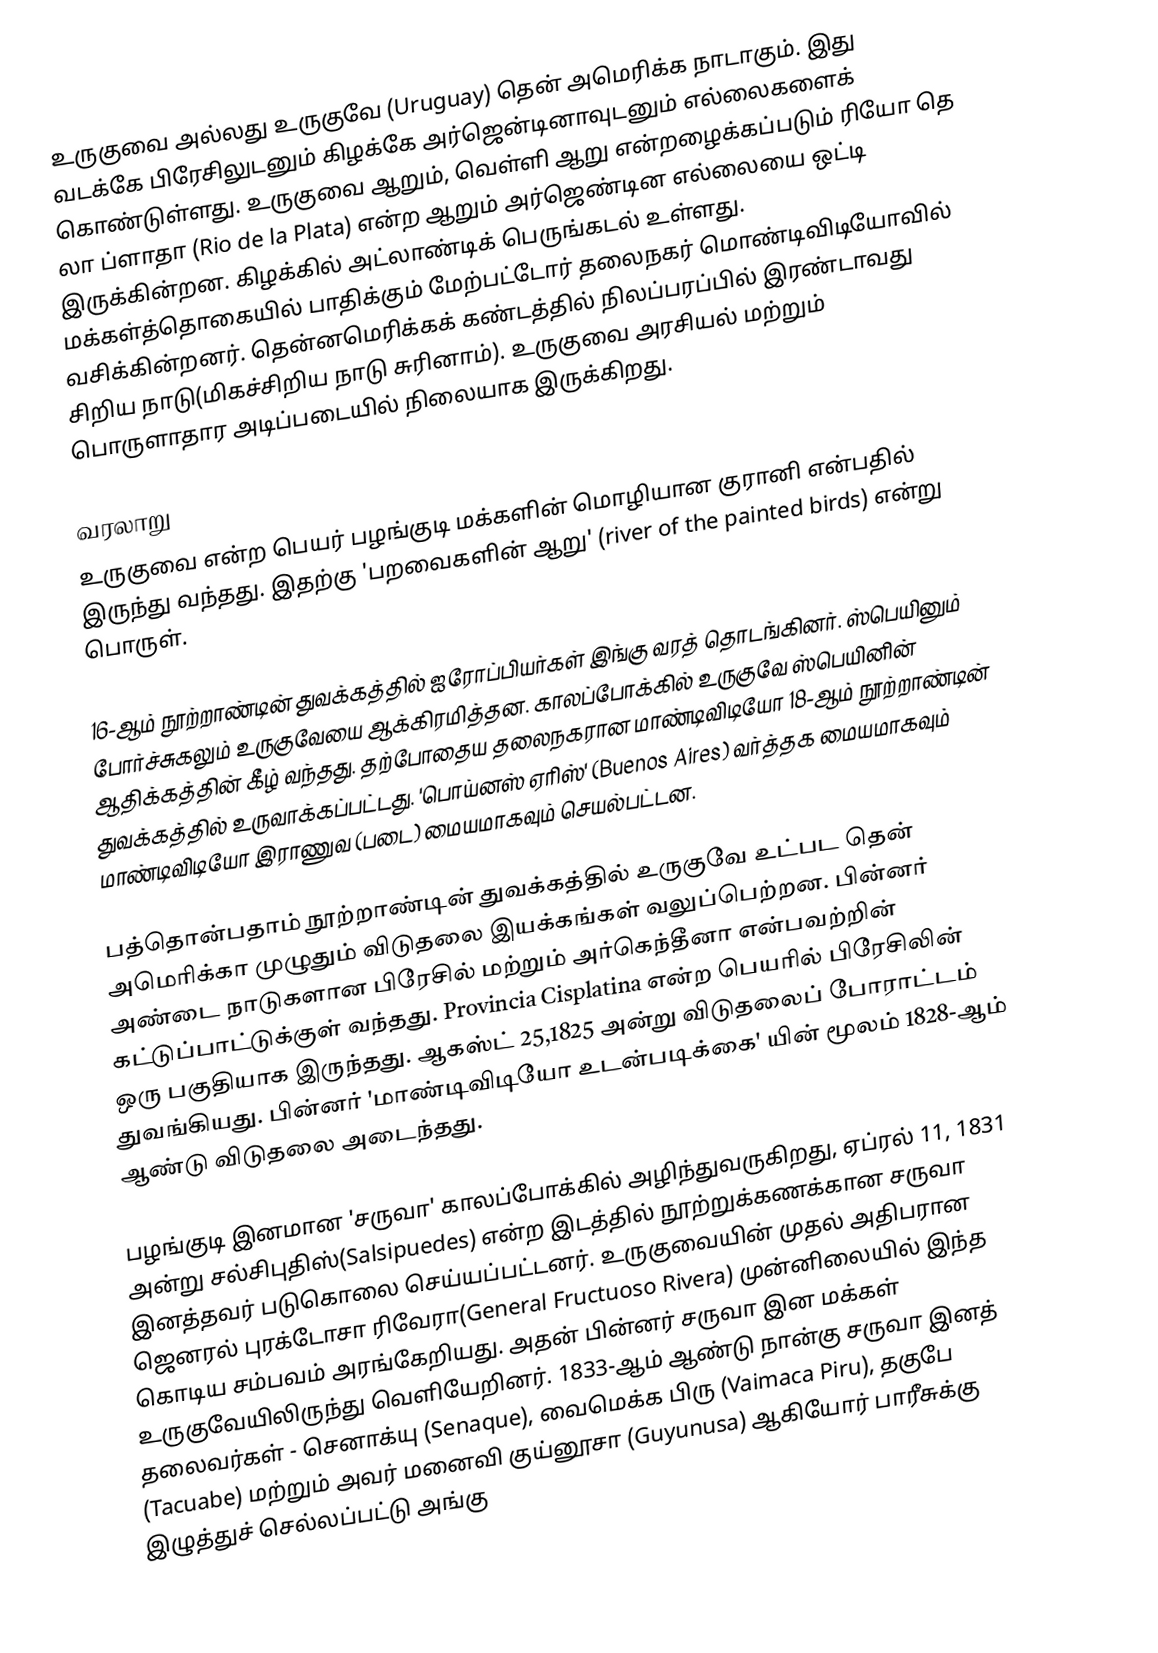
உருகுவை அல்லது உருகுவே (Uruguay) தென் அமெரிக்க நாடாகும். இது வடக்கே பிரேசிலுடனும் கிழக்கே அர்ஜென்டினாவுடனும் எல்லைகளைக் கொண்டுள்ளது. உருகுவை ஆறும், வெள்ளி ஆறு என்றழைக்கப்படும் ரியோ தெ லா ப்ளாதா (Rio de la Plata) என்ற ஆறும் அர்ஜெண்டின எல்லையை ஒட்டி இருக்கின்றன. கிழக்கில் அட்லாண்டிக் பெருங்கடல்  உள்ளது. மக்கள்த்தொகையில் பாதிக்கும் மேற்பட்டோர் தலைநகர் மொண்டிவிடியோவில் வசிக்கின்றனர். தென்னமெரிக்கக் கண்டத்தில் நிலப்பரப்பில் இரண்டாவது சிறிய நாடு(மிகச்சிறிய நாடு சுரினாம்). உருகுவை அரசியல் மற்றும் பொருளாதார அடிப்படையில் நிலையாக இருக்கிறது.

வரலாறு
உருகுவை என்ற பெயர் பழங்குடி மக்களின் மொழியான குரானி என்பதில் இருந்து வந்தது. இதற்கு 'பறவைகளின் ஆறு' (river of the painted birds) என்று பொருள்.

16-ஆம் நூற்றாண்டின் துவக்கத்தில் ஐரோப்பியர்கள் இங்கு வரத் தொடங்கினர். ஸ்பெயினும் போர்ச்சுகலும் உருகுவேயை ஆக்கிரமித்தன. காலப்போக்கில் உருகுவே ஸ்பெயினின் ஆதிக்கத்தின் கீழ் வந்தது. தற்போதைய தலைநகரான மாண்டிவிடியோ 18-ஆம் நூற்றாண்டின் துவக்கத்தில் உருவாக்கப்பட்டது. 'பொய்னஸ் ஏரிஸ்' (Buenos Aires) வர்த்தக மையமாகவும் மாண்டிவிடியோ இராணுவ (படை) மையமாகவும் செயல்பட்டன.

பத்தொன்பதாம் நூற்றாண்டின் துவக்கத்தில் உருகுவே உட்பட தென் அமெரிக்கா முழுதும் விடுதலை இயக்கங்கள் வலுப்பெற்றன. பின்னர் அண்டை நாடுகளான பிரேசில் மற்றும் அர்கெந்தீனா என்பவற்றின் கட்டுப்பாட்டுக்குள் வந்தது. Provincia Cisplatina என்ற பெயரில் பிரேசிலின் ஒரு பகுதியாக இருந்தது. ஆகஸ்ட் 25,1825 அன்று விடுதலைப் போராட்டம் துவங்கியது. பின்னர் 'மாண்டிவிடியோ உடன்படிக்கை' யின் மூலம் 1828-ஆம் ஆண்டு விடுதலை அடைந்தது.

பழங்குடி இனமான 'சருவா' காலப்போக்கில் அழிந்துவருகிறது, ஏப்ரல் 11, 1831 அன்று சல்சிபுதிஸ்(Salsipuedes) என்ற இடத்தில் நூற்றுக்கணக்கான சருவா இனத்தவர் படுகொலை செய்யப்பட்டனர். உருகுவையின் முதல் அதிபரான ஜெனரல் புரக்டோசா ரிவேரா(General Fructuoso Rivera) முன்னிலையில் இந்த கொடிய சம்பவம் அரங்கேறியது. அதன் பின்னர் சருவா இன மக்கள் உருகுவேயிலிருந்து வெளியேறினர். 1833-ஆம் ஆண்டு நான்கு சருவா இனத் தலைவர்கள் - செனாக்யு (Senaque), வைமெக்க பிரு (Vaimaca Piru), தகுபே (Tacuabe) மற்றும் அவர் மனைவி குய்னூசா (Guyunusa) ஆகியோர் பாரீசுக்கு இழுத்துச் செல்லப்பட்டு அங்கு